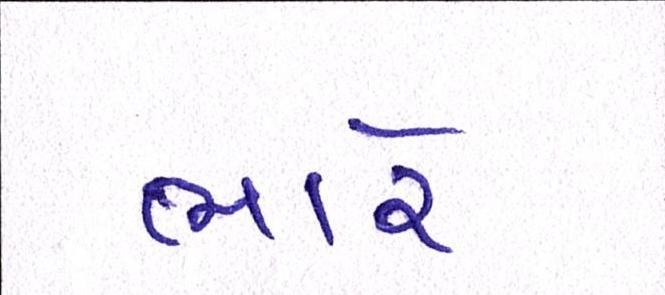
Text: ભારે